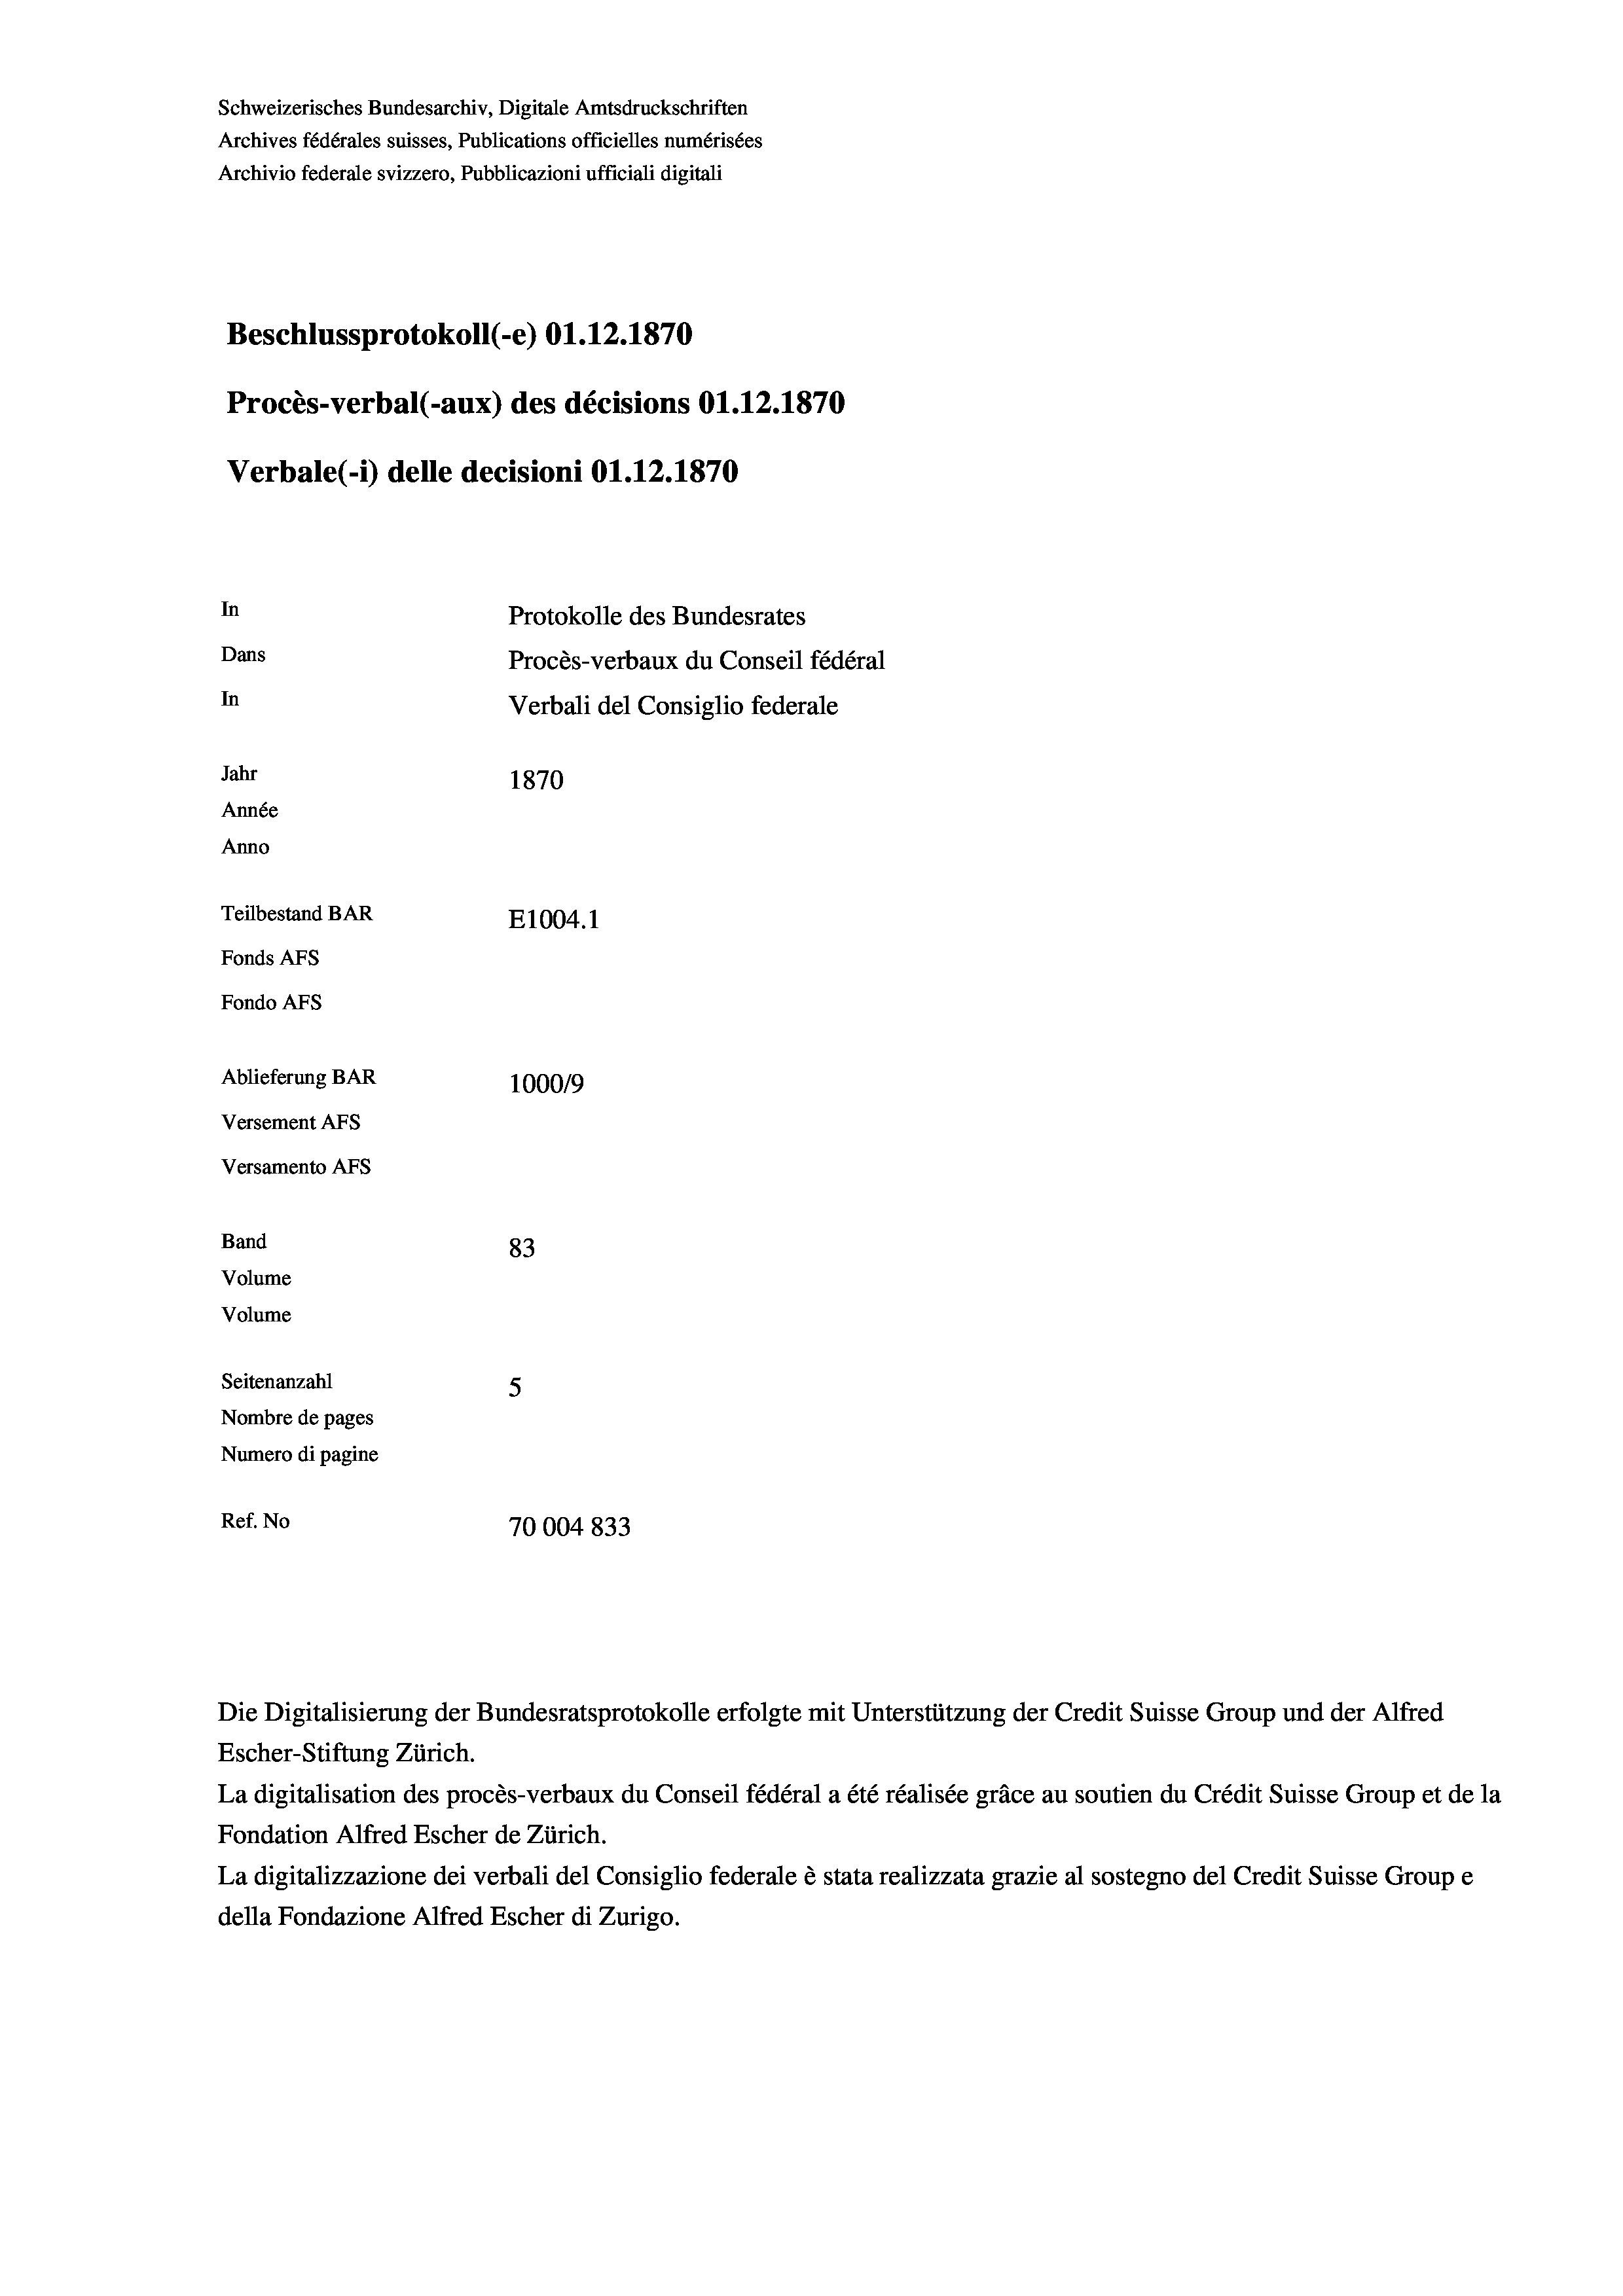
Schweizerisches Bundesarchiv, Digitale Amtsdruckschriften
Archives fédérales suisses, Publications officielles numérisées
Archivio federale svizzero, Pubblicazioni ufficiali digitali
Beschlussprotokoll (-e) O1.12.1870
Procès-verbal (-aux) des décisions O1.12.1870
Verbale (1) delle decisioni 01.12.1870
In
Protokolle des Bundesrates
Dans
Procès-verbaux du Conseil fédéral
In
Verbali del Consiglio federale
Jahr
1870
Année
Anno
Teilbestand BAR
E1004.1
Fonds Afs
Fondo AFs

Ablieferung BAR
Versement Abs
Versamento Afs
Band
Volume
Volume
Seitenanzahl

100019
83
5
Nombre de pages
Numero di pagine
Ref. No
70004 833

Die Digitalisierung der Bundesratsprotokolle erfolgte mit Unterstützung der Credit Suisse Group und der Alfred
Escher-Stiftung Zürich.
La digitalisation des procès-verbaux du Conseil fédéral a été réalisée gräce au soutien du Crédit Suisse Group et de la
Fondation Alfred Escher de Zürich.
La digitalizzazione dei verbali del Consiglio federale è stata realizzata grazie al sostegno del Credit Suisse Groupe
della Fondazione Alfred Escher di Zurigo.